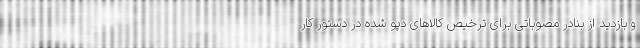
و بازدید از بنادر مصوباتی برای ترخیص کالاهای دپو شده در دستور کار